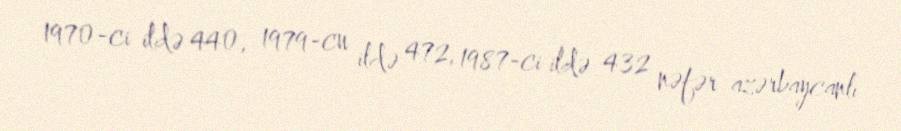
1970-ci ildə 440, 1979-cu ildə 472, 1987-ci ildə 432 nəfər azərbaycanlı